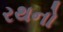
રથનો